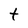
Character: t